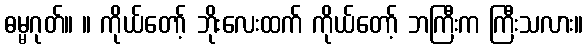
ဓမ္မဂုတ်။ ။ ကိုယ်တော့် ဘိုးလေးထက် ကိုယ်တော့် ဘကြီးက ကြီးသလား။